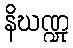
နိဃဏ္ဍု